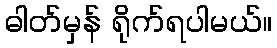
ဓါတ်မှန် ရိုက်ရပါမယ်။